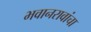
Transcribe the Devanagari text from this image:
भवानरावांचा